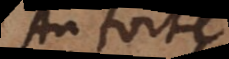
An forte